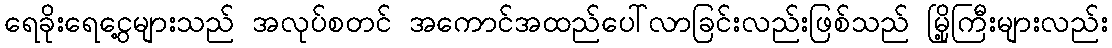
ရေခိုးရေငွေ့များသည် အလုပ်စတင် အကောင်အထည်ပေါ်လာခြင်းလည်းဖြစ်သည် မြို့ကြီးများလည်း